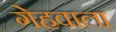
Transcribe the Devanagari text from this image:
गेहवाला